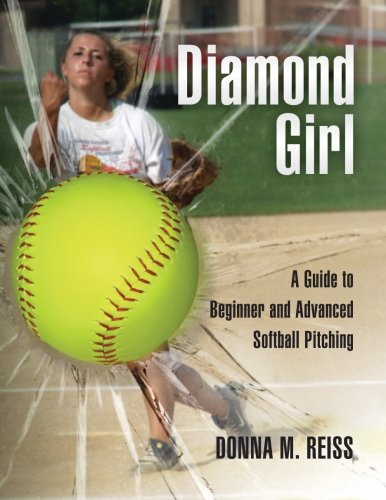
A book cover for Diamond Girl: A Guide to Beginner and Advanced Softball Pitching; Donna M. Reiss; Sports & Outdoors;